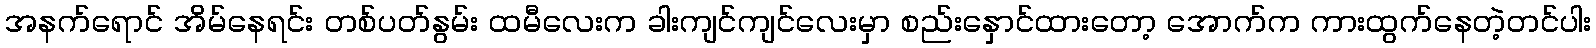
အနက်ရောင် အိမ်နေရင်း တစ်ပတ်နွမ်း ထမီလေးက ခါးကျင်ကျင်လေးမှာ စည်းနှောင်ထားတော့ အောက်က ကားထွက်နေတဲ့တင်ပါး